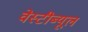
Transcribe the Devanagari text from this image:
वेस्टीब्यूल